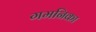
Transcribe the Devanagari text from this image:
गमनिका